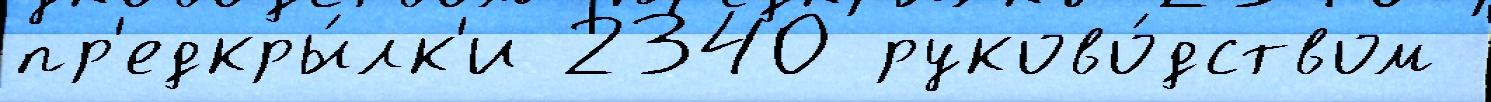
пр'едкры́лк'и 2340 руково́дством